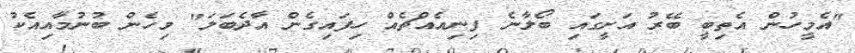
"އެމީހުން އެތިބީ ބޭރު އަށީގައި ބޯލާނެ ފިނިއެއްޗެއް ހިފައިގެން އާދެބަލަ" މިހެން ބުނުމާއިއެކު